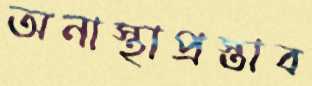
অনাস্থাপ্রস্তাব